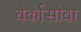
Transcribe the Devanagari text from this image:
चेर्कासोवा